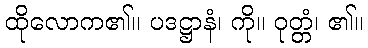
ထိုလောက၏။ ပဒဋ္ဌာနံ၊ ကို။ ဝုတ္တံ၊ ၏။